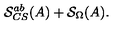
\mathcal { S } _ { C S } ^ { a b } ( A ) + \mathcal { S } _ { \Omega } ( A ) .